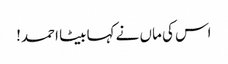
اس کی ماں نے کہا بیٹا احمد!